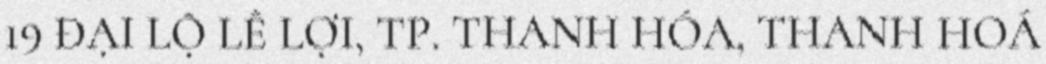
19 ĐẠI LỘ LÊ LỢI, TP. THANH HÓA, THANH HOÁ